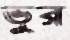
ভুর